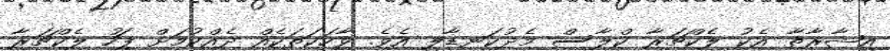
އިޝާރާތާ އެކު ލެކްޗަރާ ކްލާސް މެދުކަނޑާލި އެވެ. ވާހަކަތަކެއް ދެއްކުމަށް ފަހު ލެކްޗަރާ